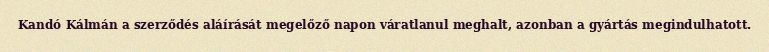
Kandó Kálmán a szerződés aláírását megelőző napon váratlanul meghalt, azonban a gyártás megindulhatott.